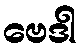
ဗေဒါ